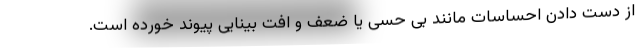
از دست دادن احساسات مانند بی حسی یا ضعف و افت بینایی پیوند خورده است.